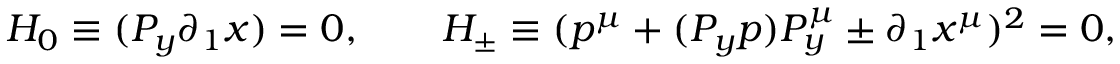
\qquad H _ { 0 } \equiv ( P _ { y } \partial _ { 1 } x ) = 0 , \qquad H _ { \pm } \equiv ( p ^ { \mu } + ( P _ { y } p ) P _ { y } ^ { \mu } \pm \partial _ { 1 } x ^ { \mu } ) ^ { 2 } = 0 ,